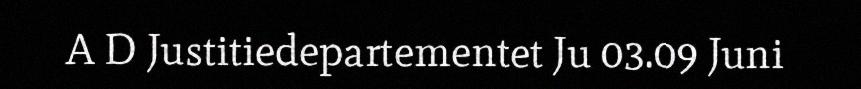
A D Justitiedepartementet Ju 03.09 Juni